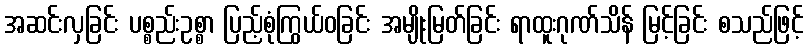
အဆင်းလှခြင်း ပစ္စည်းဥစ္စာ ပြည့်စုံကြွယ်ဝခြင်း အမျိုးမြတ်ခြင်း ရာထူးဂုဏ်သိန် မြင့်ခြင်း စသည်ဖြင့်